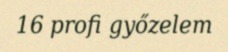
16 profi győzelem